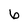
Character: 6